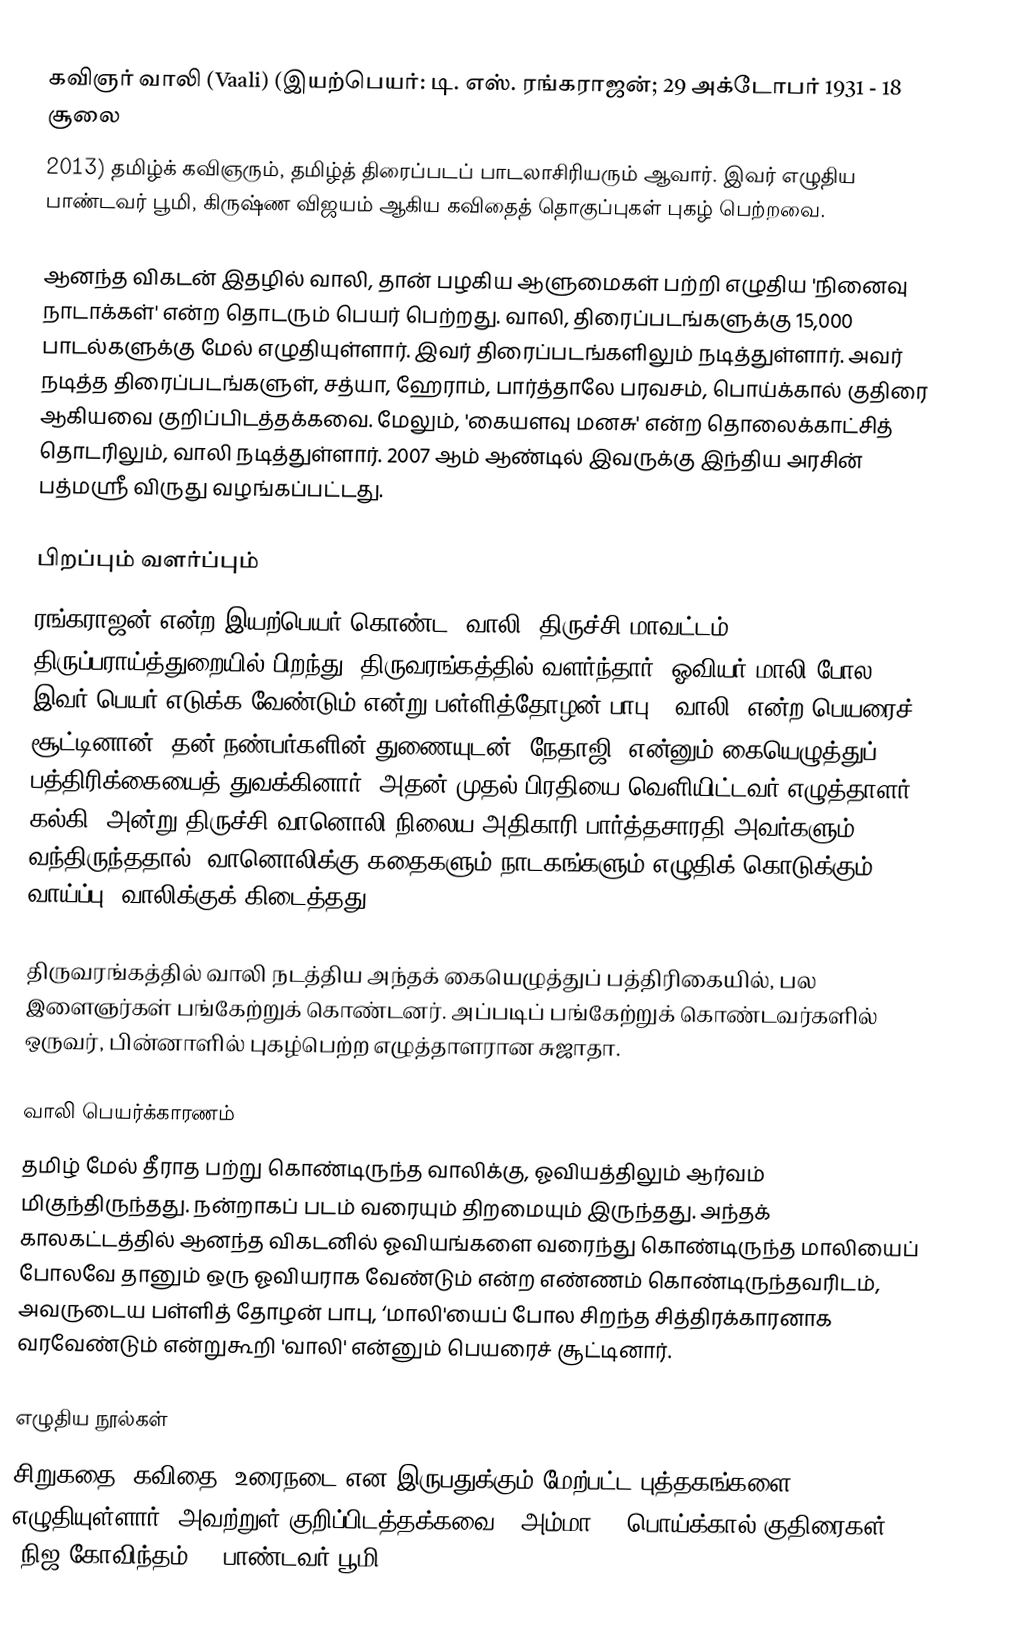
கவிஞர் வாலி (Vaali) (இயற்பெயர்: டி. எஸ். ரங்கராஜன்; 29 அக்டோபர் 1931  - 18 சூலை
2013) தமிழ்க் கவிஞரும், தமிழ்த் திரைப்படப் பாடலாசிரியரும் ஆவார். இவர் எழுதிய பாண்டவர் பூமி, கிருஷ்ண விஜயம் ஆகிய கவிதைத் தொகுப்புகள் புகழ் பெற்றவை.

ஆனந்த விகடன் இதழில் வாலி, தான் பழகிய ஆளுமைகள் பற்றி எழுதிய 'நினைவு நாடாக்கள்' என்ற தொடரும் பெயர் பெற்றது. வாலி, திரைப்படங்களுக்கு 15,000 பாடல்களுக்கு மேல் எழுதியுள்ளார். இவர் திரைப்படங்களிலும் நடித்துள்ளார். அவர் நடித்த திரைப்படங்களுள், சத்யா, ஹேராம், பார்த்தாலே பரவசம், பொய்க்கால் குதிரை ஆகியவை குறிப்பிடத்தக்கவை. மேலும், 'கையளவு மனசு' என்ற தொலைக்காட்சித் தொடரிலும், வாலி நடித்துள்ளார். 2007 ஆம் ஆண்டில் இவருக்கு இந்திய அரசின் பத்மஸ்ரீ விருது வழங்கப்பட்டது.

பிறப்பும் வளர்ப்பும்
ரங்கராஜன் என்ற இயற்பெயர் கொண்ட 'வாலி' திருச்சி மாவட்டம் திருப்பராய்த்துறையில் பிறந்து, திருவரங்கத்தில் வளர்ந்தார். ஓவியர் மாலி போல இவர் பெயர் எடுக்க வேண்டும் என்று பள்ளித்தோழன் பாபு, 'வாலி' என்ற பெயரைச் சூட்டினான். தன் நண்பர்களின் துணையுடன் ‘நேதாஜி' என்னும் கையெழுத்துப் பத்திரிக்கையைத் துவக்கினார். அதன் முதல் பிரதியை வெளியிட்டவர் எழுத்தாளர் கல்கி. அன்று திருச்சி வானொலி நிலைய அதிகாரி பார்த்தசாரதி அவர்களும் வந்திருந்ததால், வானொலிக்கு கதைகளும் நாடகங்களும் எழுதிக் கொடுக்கும் வாய்ப்பு, வாலிக்குக் கிடைத்தது.

திருவரங்கத்தில் வாலி நடத்திய அந்தக் கையெழுத்துப் பத்திரிகையில், பல இளைஞர்கள் பங்கேற்றுக் கொண்டனர். அப்படிப் பங்கேற்றுக் கொண்டவர்களில் ஒருவர், பின்னாளில் புகழ்பெற்ற எழுத்தாளரான சுஜாதா.

வாலி பெயர்க்காரணம்
தமிழ் மேல் தீராத பற்று கொண்டிருந்த வாலிக்கு,  ஓவியத்திலும் ஆர்வம் மிகுந்திருந்தது. நன்றாகப் படம் வரையும் திறமையும் இருந்தது. அந்தக் காலகட்டத்தில் ஆனந்த விகடனில் ஓவியங்களை வரைந்து கொண்டிருந்த மாலியைப் போலவே தானும் ஒரு ஓவியராக வேண்டும் என்ற எண்ணம் கொண்டிருந்தவரிடம், அவருடைய பள்ளித் தோழன் பாபு, ‘மாலி'யைப் போல சிறந்த சித்திரக்காரனாக வரவேண்டும் என்றுகூறி 'வாலி' என்னும் பெயரைச் சூட்டினார்.

எழுதிய நூல்கள்
சிறுகதை, கவிதை, உரைநடை என இருபதுக்கும் மேற்பட்ட புத்தகங்களை எழுதியுள்ளார். அவற்றுள் குறிப்பிடத்தக்கவை: 'அம்மா', 'பொய்க்கால் குதிரைகள்', 'நிஜ கோவிந்தம்', 'பாண்டவர் பூமி',